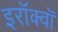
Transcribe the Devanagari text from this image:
इरॉक्वॉ